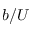
b / U